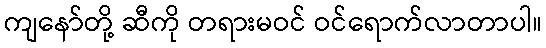
ကျနော်တို့ ဆီကို တရားမဝင် ဝင်ရောက်လာတာပါ။